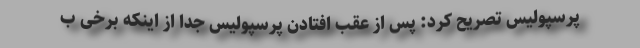
پرسپولیس تصریح کرد: پس از عقب افتادن پرسپولیس جدا از اینکه برخی ب